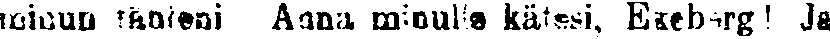
minun tähteni Anna minulle kätesi, Ekeberg! ja